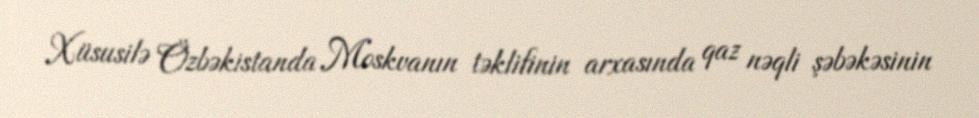
Xüsusilə Özbəkistanda Moskvanın təklifinin arxasında qaz nəqli şəbəkəsinin